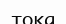
тока